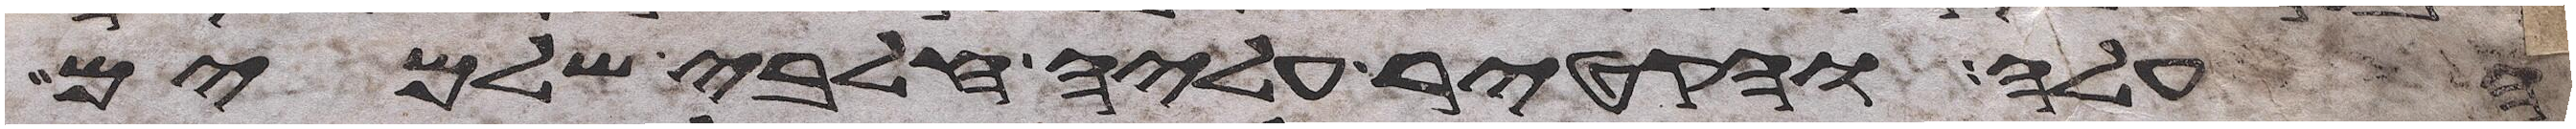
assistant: העלה והקטיר עליה חלבי שלמים